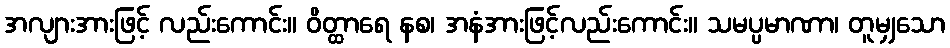
အလျားအားဖြင့် လည်းကောင်း။ ဝိတ္ထာရေ နစ၊ အနံအားဖြင့်လည်းကောင်း။ သမပ္ပမာဏာ၊ တူမျှသော